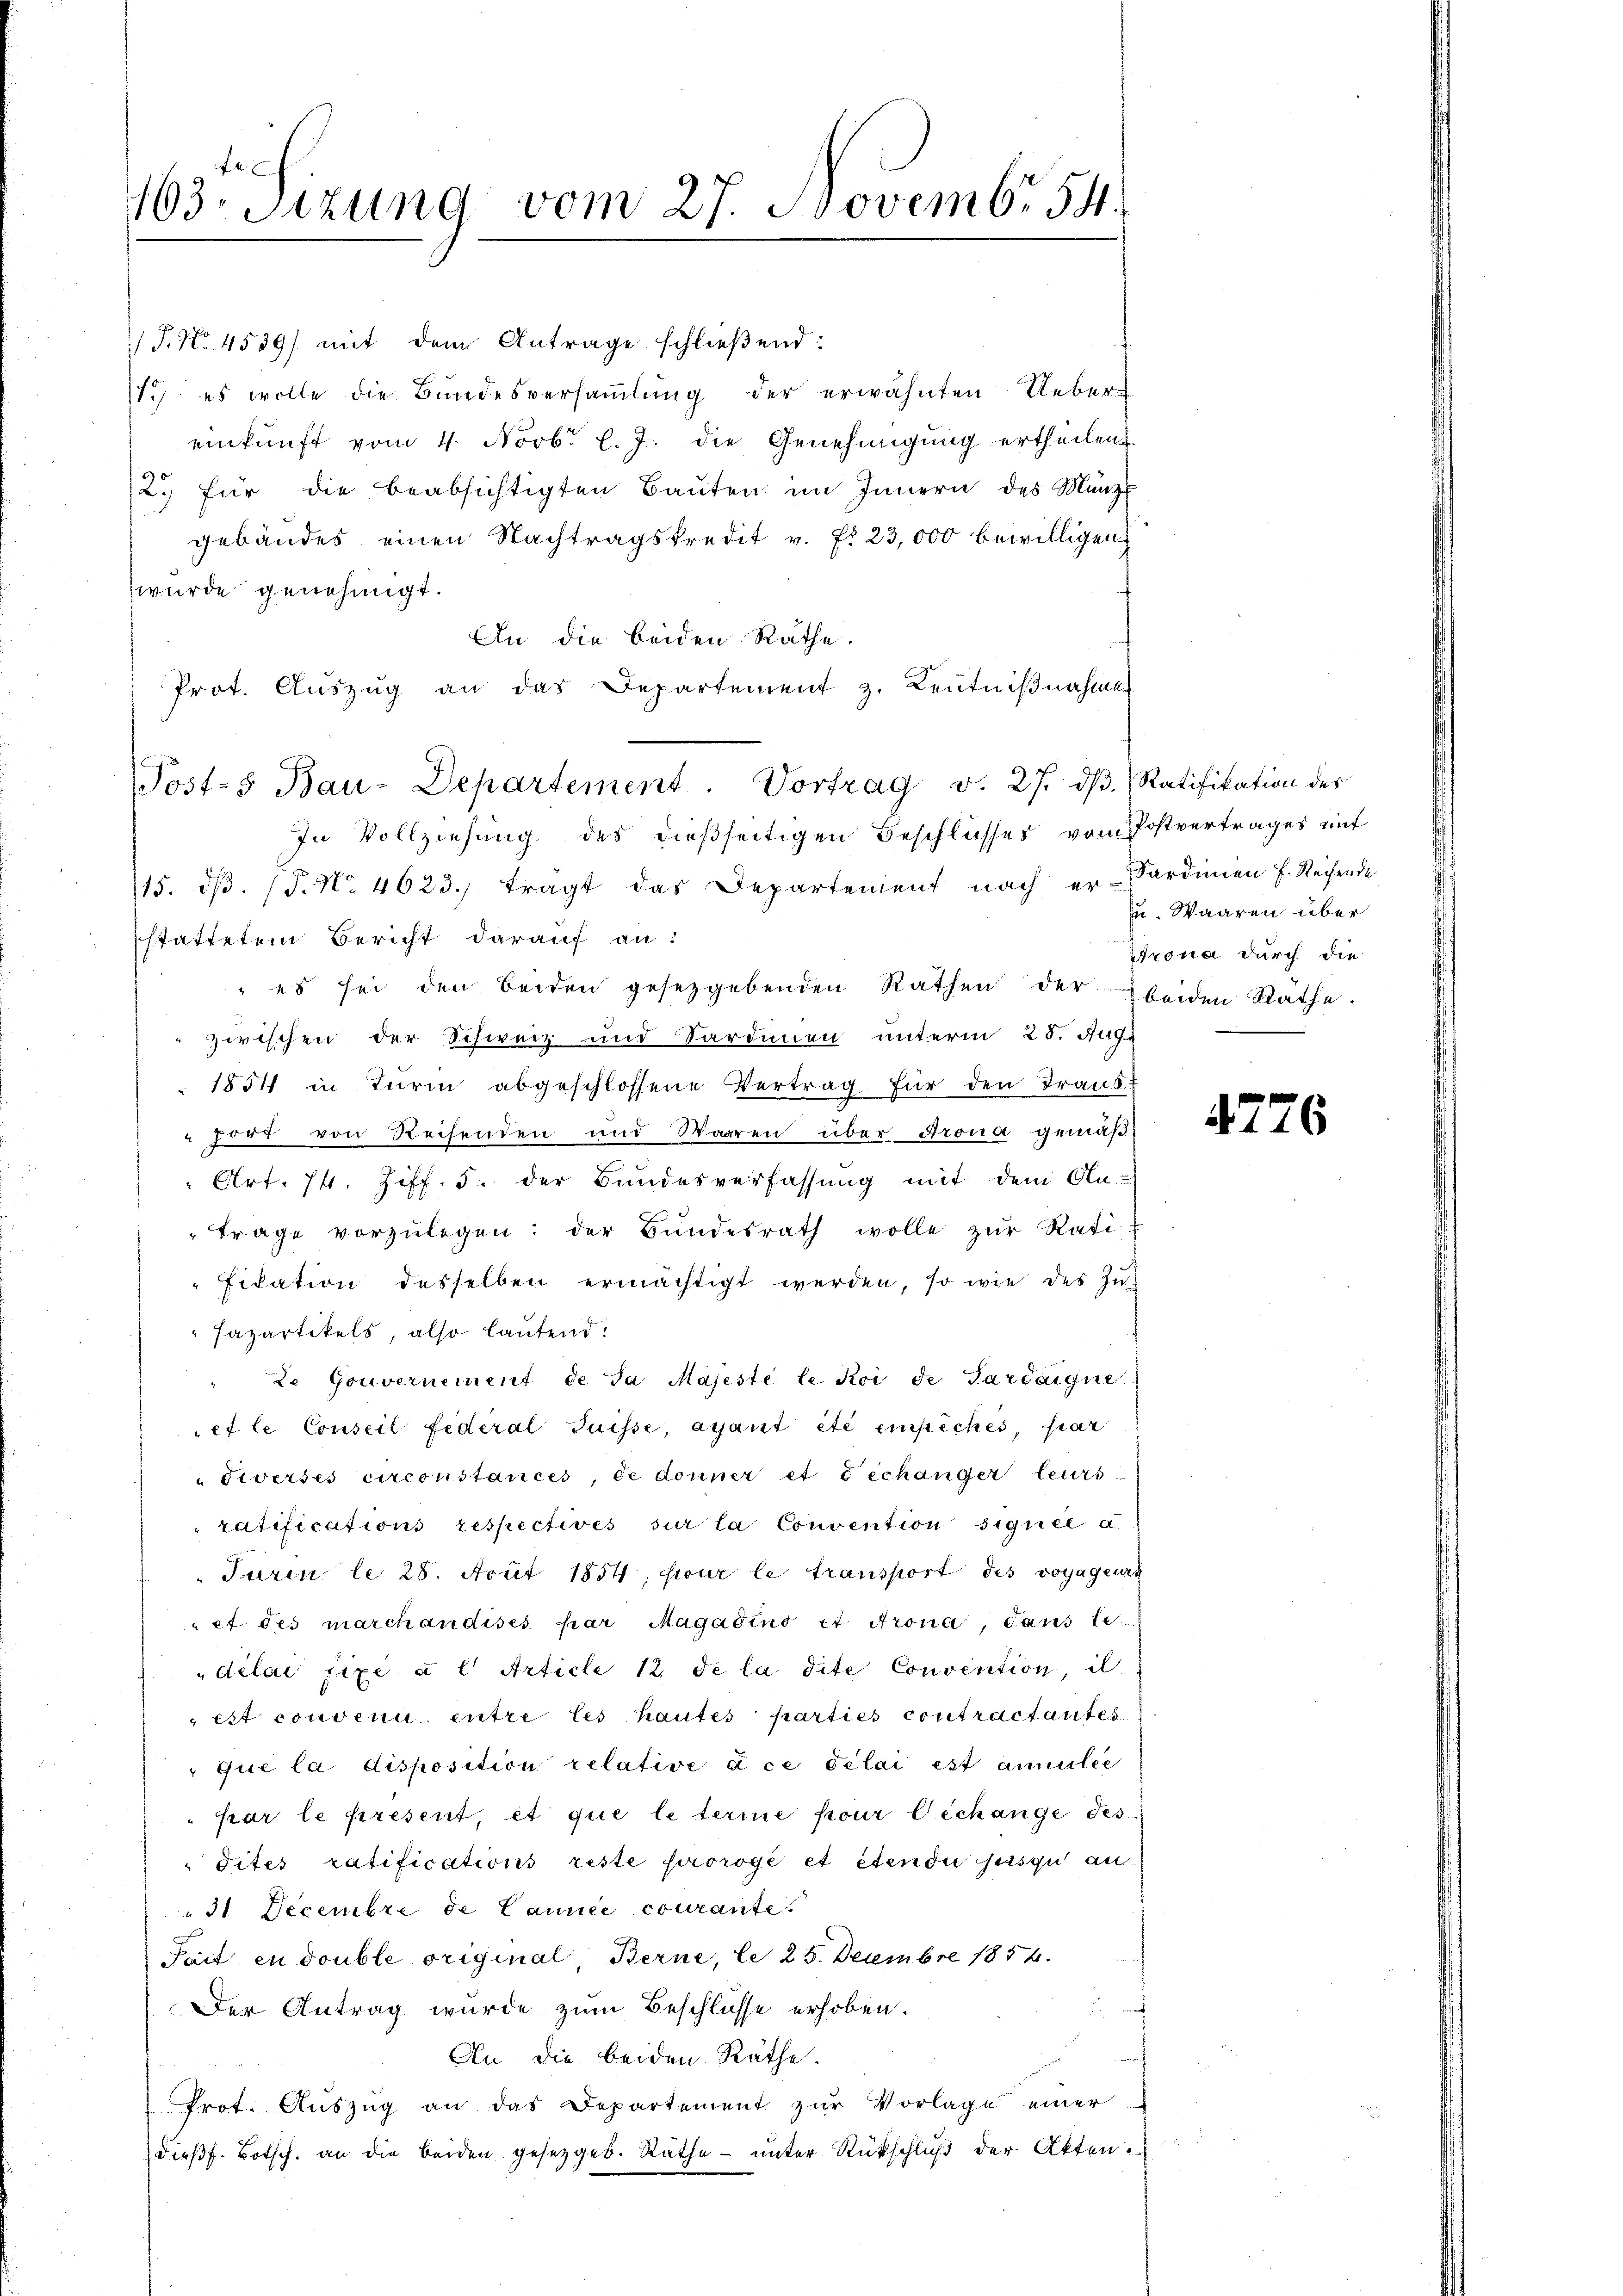
163. Sizung vom 27. Novemb. 54.

/J. No. 4539) mit dem Antrage schließend:
1) es wolle die Bundesversammlung der erwähnten Uebereinkunft vom 4 Novbr. l. J. die Genehmigung ertheilen
2. für die beabsichtigten Baŭten im Innern des Münz
gebäudes einen Nachtragskredit v. fr. 23,000 bewilligen
wurde genehmigt.
An die beiden Räthe.
Prot. Auszug an das Departement z. Kenntnißnahme
In Vollziehung des dießseitigen Beschlusses vom Postvertrages auf
115. dβ. (T. No. 4623. tragt das Departenient nach er- Sardinien f. Rechende
stattetem Bericht darauf an:
 es sei den beiden gesetzgebenden Rathen der beiden Rathe.
zirischen der Schweiz und Sardinien unterm 25. Aug.
1854 in Turin abgeschlossene Vertrag für den Trans¬
Fort von Reisenden und Warren über Grona gemäß¬
Art. 74. Ziff. 5. der Bundesverfassung mit dem An-
trage vorzŭlegen: der Bŭndesrath wolle zŭr Rati
fikation desselben ermächtigt werden, so wie des Zu¬
Fapartikels, also lautend:
Le Gouvernement de Ja Majeste le Koi de Pardaigne.
et le Conseil Federal Suisse, ayant été empêchés, par
Siverses circonstances, de donner et dechanger leurs
ratifications respectives sur la Convention signiel a
Jurin le 28. Nout 1854, pour le transport des voyageurt
et des marchandises par Magadino et Prona, dans le
„délai fixe à l Article 12 de la dite Convention il
est convenu entre les hautes parties contractantes.
que la disposition relative à ce délai est annulée
par le present, et que le terme pour lechange des
dites ratifications reste prorogé et étendii sesqu an
31. Decembre de Cannée courante.
Tait en double original, Berne, le 25. Decembre 1854.
Der Antrag wurde zum Beschlüsse erhoben.
An. die beiden Räthe.
Prot. Auszug an das Departement zur Vorlage einer
dießf. Botsch. an die beiden gesetzgeb. Räthe – unter Rückschluß der Akten.

Posts Bau-Departement. Vortrag v. 27. dβ. Ratifikation des

u. Waaren über
Prona durch die

4776